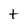
Character: t